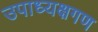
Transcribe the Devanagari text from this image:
उपाध्यक्षगण